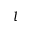
\boldsymbol { l }